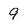
Character: 9